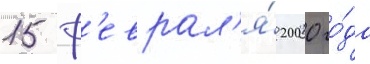
15 ф'еврал'я́ 2000 го́да